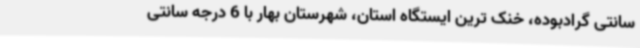
سانتی گرادبوده، خنک ترین ایستگاه استان، شهرستان بهار با 6 درجه سانتی